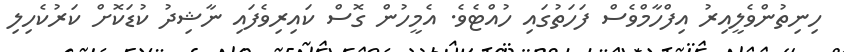
ހިނިތުންވެލީއިރު އިފްހާމްވެސް ފަހަތުގައި ހުއްޓެވެ. އެމީހުން ގޮސް ކައިރިވެފައި ނާޝިދު ކުޑަކޮށް ކަރުކެހިލި